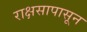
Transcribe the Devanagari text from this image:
राक्षसापासून